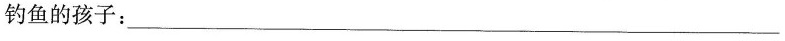
钓鱼的孩子：___